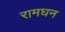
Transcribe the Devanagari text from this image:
रामघन